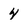
Character: 4